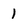
Character: 1